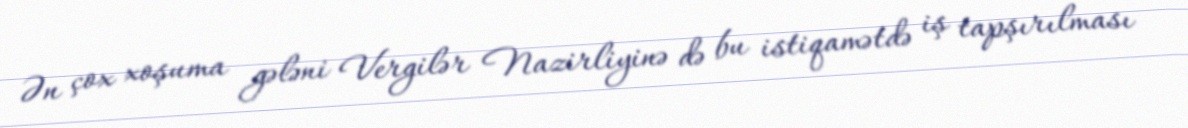
Ən çox xoşuma gələni Vergilər Nazirliyinə də bu istiqamətdə iş tapşırılması